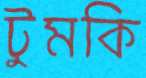
টুমকি